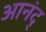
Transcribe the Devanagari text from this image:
आनंद्